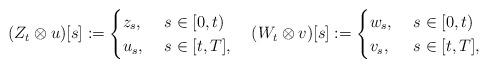
LaTeX: \begin{align*}(Z_{t} \otimes u)[s] & := \begin{cases} z_s, &~ s \in [0,t) \\ u_s, & ~ s \in [t,T], \\ \end{cases}~~~ (W_{t} \otimes v)[s] := \begin{cases} w_s, &~ s \in [0,t) \\ v_s, & ~ s \in [t,T], \\ \end{cases}\end{align*}